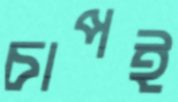
চাপই